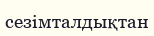
сезімталдықтан